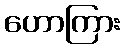
ဟောကြား